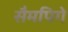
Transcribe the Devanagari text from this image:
सैमपिगे